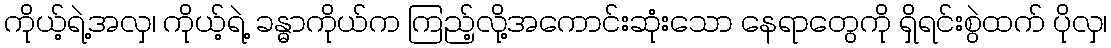
ကိုယ့်ရဲ့အလှ၊ ကိုယ့်ရဲ့ ခန္ဓာကိုယ်က ကြည့်လို့အကောင်းဆုံးသော နေရာတွေကို ရှိရင်းစွဲထက် ပိုလှ၊